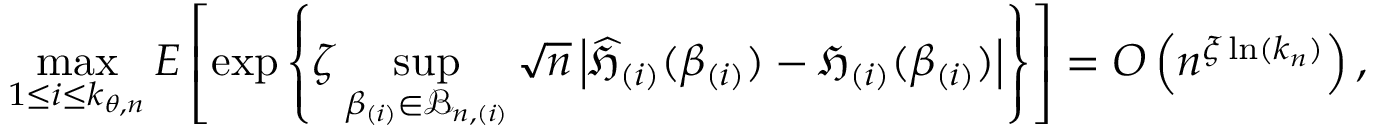
\operatorname* { m a x } _ { 1 \leq i \leq k _ { \theta , n } } E \left[ \exp \left\{ \zeta \operatorname* { s u p } _ { \beta _ { ( i ) } \in \mathcal { B } _ { n , ( i ) } } \sqrt { n } \left\vert \widehat { \mathfrak { H } } _ { ( i ) } ( \beta _ { ( i ) } ) - \mathfrak { H } _ { ( i ) } ( \beta _ { ( i ) } ) \right\vert \right\} \right] = O \left( n ^ { \xi \ln ( k _ { n } ) } \right) ,